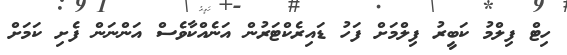
ހިޓް ފިލްމު ކަބީރު ފިލްމަށް ފަހު ޑައިރެކްޓަރުން އަނެއްކާވެސް އަންނަން ފެށި ކަމަށް